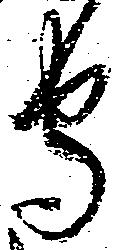
守